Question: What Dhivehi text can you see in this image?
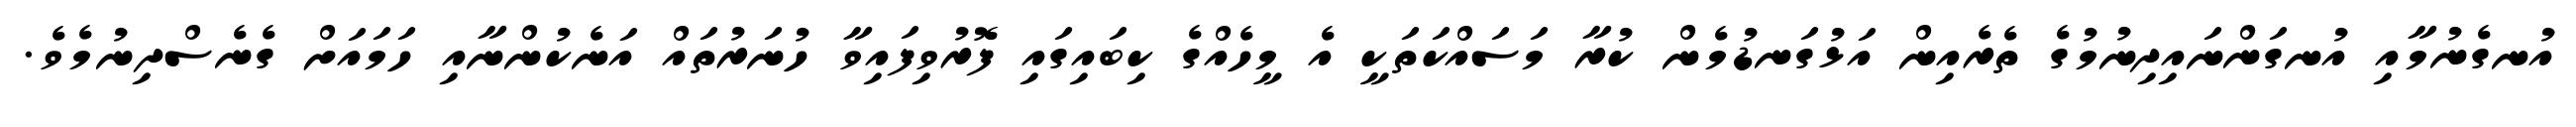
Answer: އުނގެނުމާއި އުނގަންނައިދިނުމުގެ ތެރެއިން އަޅުގަނޑުމެން ކުރާ މަސައްކަތަކީ އެ މީހެއްގެ ކިބައިގައި ފޮރުވިފައިވާ ހުނަރުތައް އަނެކުންނާއި ހަމައަށް ގެނެސްދިނުމެވެ.